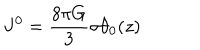
LaTeX: J ^ { 0 } = \frac { 8 { \pi } G } { 3 } { \sigma } { \theta } _ { 0 } ( z )